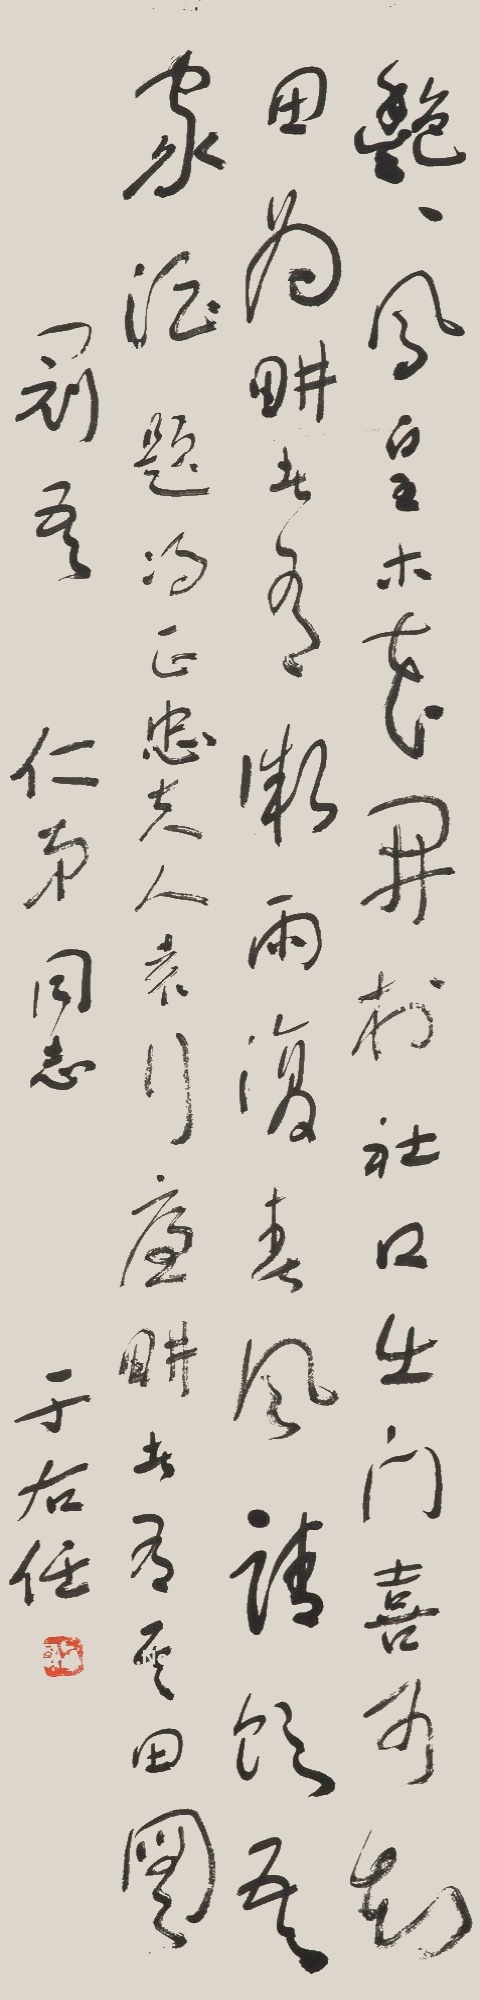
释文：艳艳凤皇木，花开于社口，出门喜可知，田为耕者有，微雨复春风，请饮吾家酒。题冯正忠夫人袁行卢畊者有其田图。冠吾仁弟同志，于右任。